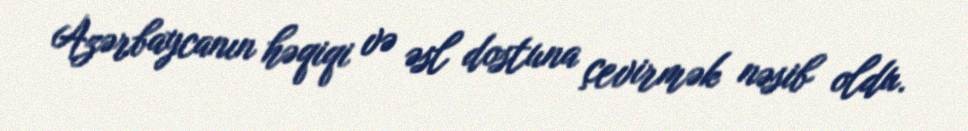
Azərbaycanın həqiqi və əsl dostuna çevirmək nəsib oldu.